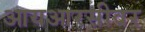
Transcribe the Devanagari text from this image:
आयआरसीवर